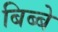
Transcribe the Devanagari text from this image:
बिब्बे